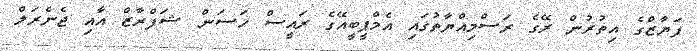
ފަޔާޒްގެ އިތުރުން ރޭގެ ރަސްމިއްޔާތުގައި އެމްޕީބީއޭގެ ރައީސް ހަސަން ޝަފްރާޒް އާއި ޖެނެރަލް